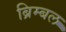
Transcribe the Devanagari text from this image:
ब्रिम्बल